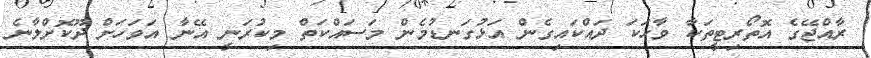
ރާއްޖޭގެ އޮތޯރިޓީތަކާ ވާހަކަ ދައްކައިގެން އަޅުގަނޑުމެން މަސައްކަތް މިކުރަނީ އޭނާ އަވަހަށް ދޫކޮށްލާނެ